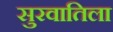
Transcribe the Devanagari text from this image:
सुरवातिला